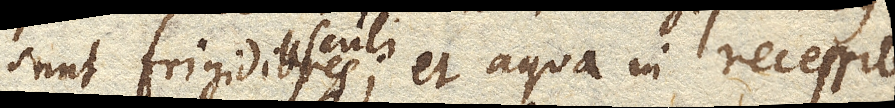
sunt frigidiusculi; et aqua in recessibus